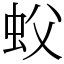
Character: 蚥